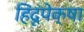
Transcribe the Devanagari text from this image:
हिंदूंपेक्षा